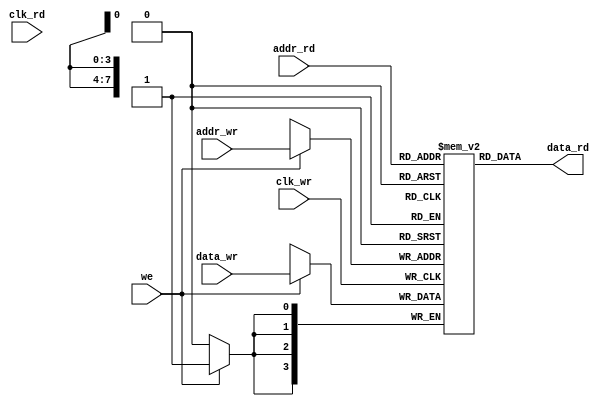
module sdpRAM #(
    parameter
    DATA_WIDTH = 4,
    DEPTH = 256,
    MEM_FILE = ""
) (
    input wire clk_wr,
    input wire clk_rd,
    input wire we,
    input wire [ADDRW-1:0] addr_wr,
    input wire [ADDRW-1:0] addr_rd,
    input wire [DATA_WIDTH-1:0] data_wr,
    output reg [DATA_WIDTH-1:0] data_rd
);

localparam ADDRW = $clog2(DEPTH);

reg [DATA_WIDTH-1:0] RAM [DEPTH-1:0];

initial begin
    if (MEM_FILE != "") begin
        $readmemh(MEM_FILE, RAM);
    end
end

always @(posedge clk_wr) begin
    if (we)
        RAM[addr_wr] <= data_wr;  
end

always @(*) begin
    data_rd <= RAM[addr_rd]; 
end
    
endmodule